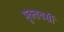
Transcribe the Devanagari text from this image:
मुक्तबर्सी